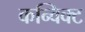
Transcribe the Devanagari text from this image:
कन्विक्ट